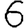
Digit: 6